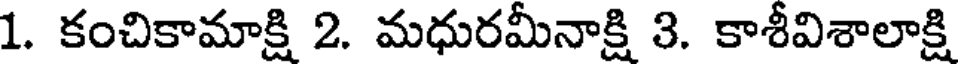
1. కంచికామాక్షి 2. మధురమీనాక్షి 3. కాశీవిశాలాక్షి